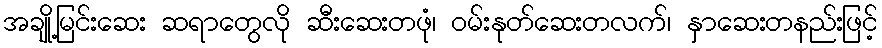
အချို့မြင်းဆေး ဆရာတွေလို ဆီးဆေးတဖုံ၊ ဝမ်းနုတ်ဆေးတလက်၊ နှာဆေးတနည်းဖြင့်